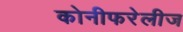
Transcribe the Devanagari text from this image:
कोनीफरेलीज